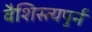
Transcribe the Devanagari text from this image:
वैशिस्त्यपुर्न